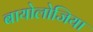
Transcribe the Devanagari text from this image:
बायोलोजिया